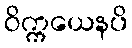
ဝိက္ကယေနပိ